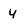
Character: 4